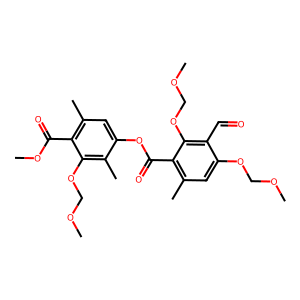
SMILES: COCOc1cc(C)c(C(=O)Oc2cc(C)c(C(=O)OC)c(OCOC)c2C)c(OCOC)c1C=O
Inhibits HIV replication: No